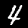
Label: 4